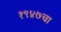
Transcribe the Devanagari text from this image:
१९४७चा